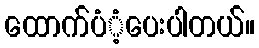
ထောက်ပံံ့ပေးပါတယ်။